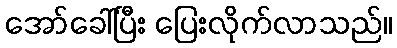
အော်ခေါ်ပြီး ပြေးလိုက်လာသည်။